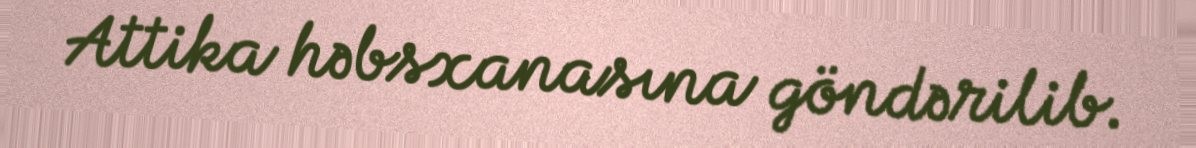
Attika həbsxanasına göndərilib.